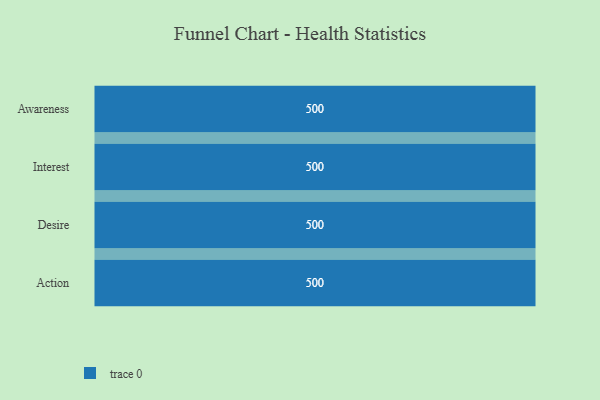
{"axis": {"x": "Stage", "y": "Value"}, "legend": [""], "data": [{"x": "Awareness", "y": 500, "type": ""}, {"x": "Interest", "y": 500, "type": ""}, {"x": "Desire", "y": 500, "type": ""}, {"x": "Action", "y": 500, "type": ""}]}